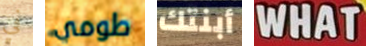
في طومي أبنتك WHAT